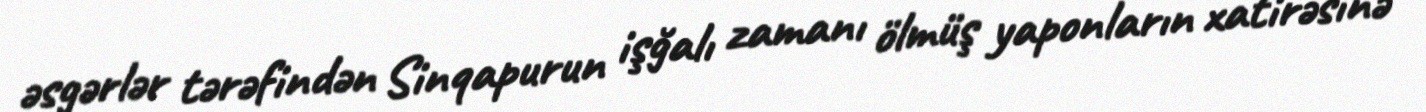
əsgərlər tərəfindən Sinqapurun işğalı zamanı ölmüş yaponların xatirəsinə